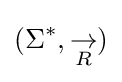
(\Sigma ^{*},{\underset {R}{\rightarrow }})